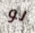
لو